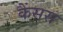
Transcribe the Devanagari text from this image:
कैंसस